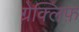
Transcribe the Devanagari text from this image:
ग्रेक्लिफ़